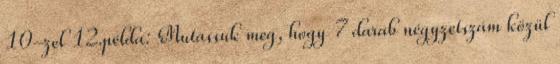
10-zel 12.példa: Mutassuk meg, hogy 7 darab négyzetszám közül